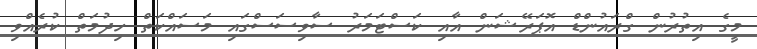
މީގެ އިތުރުން ގްރައުންޑް އޮޕަރޭޝަން އާއި ކަސްޓަމަރު ސާވިސަސްގައި މަސައްކަތް ހިދުމަތް ކުރެއްވި